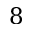
8